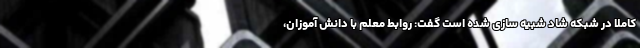
کاملا در شبکه شاد شبیه سازی شده است گفت: روابط معلم با دانش آموزان،